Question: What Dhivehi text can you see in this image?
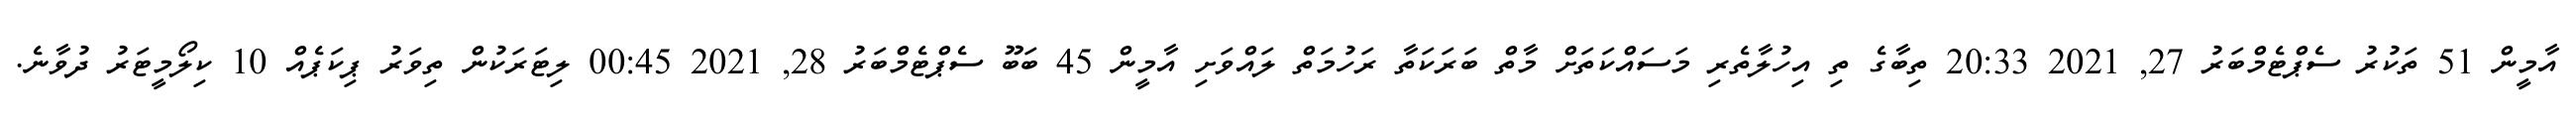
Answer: އާމީން 51 ތަކުރު ސެޕްޓެމްބަރު 27, 2021 20:33 ތިބާގެ ތި އިހުލާތެރި މަސައްކަތަށް މާތް ބަރަކަތާ ރަހުމަތް ލައްވަށި އާމީން 45 ބަބޫ ސެޕްޓެމްބަރު 28, 2021 00:45 ލިޓަރަކުން ތިވަރު ޕިކަޕެއް 10 ކިލޯމީޓަރު ދުވާނެ.